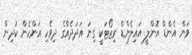
ވަން އެންޑް އޮންލީ އައިލެންޑް ރިޒޯޓަކީ ގިނަ އަދަދެއްގެ ދިވެހި އަންހެން ކުދިން